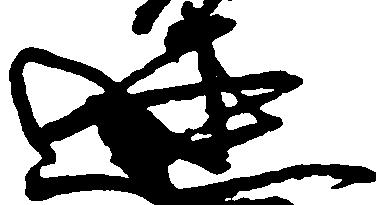
連